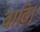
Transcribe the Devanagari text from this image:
बाढ़ि।